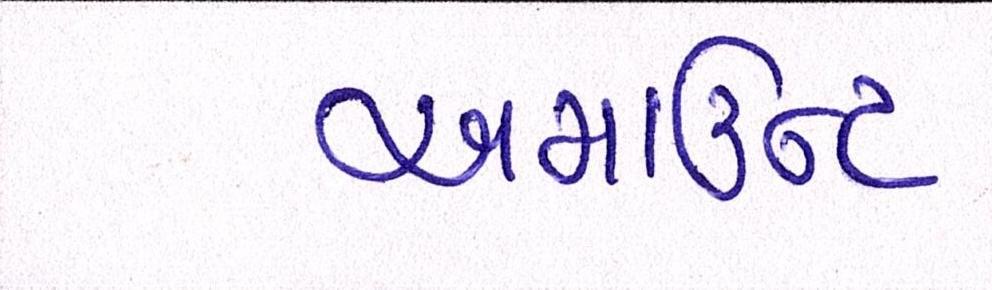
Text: એમાઉન્ટ